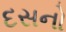
દસનો